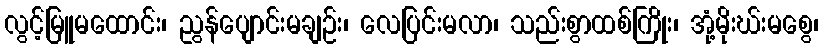
လွင့်မြူမထောင်း၊ ညွန်ပျောင်းမချဉ်း၊ လေပြင်းမလာ၊ သည်းစွာထစ်ကြိုး၊ အုံ့မိုးဃ်းမစွေ၊